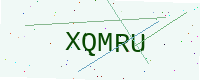
Text: XQMRU